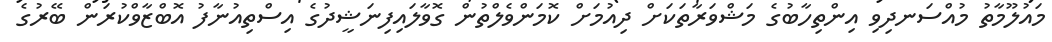
މައުލޫމާތު މުއްސަނދިވި އިންތިހާބުގެ މަޝްވަރާތަކަށް ދިއުމަށް ކޮމަންވެލްތުން ގޮވާލައިފިނަޝީދުގެ އިސްތިއުނާފު އޮބްޒާވްކުރަން ބޭރުގެ